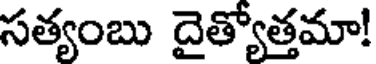
సత్యంబు దైత్యోత్తమా!